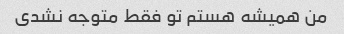
من همیشه هستم تو فقط متوجه نشدی